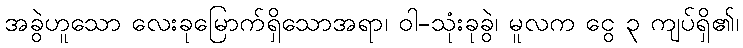
အခွဲဟူသော လေးခုမြောက်ရှိသောအရာ၊ ဝါ-သုံးခုခွဲ၊ မူလက ငွေ ၃ ကျပ်ရှိ၏၊